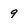
Character: 9